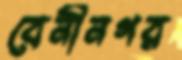
বেনীনগর